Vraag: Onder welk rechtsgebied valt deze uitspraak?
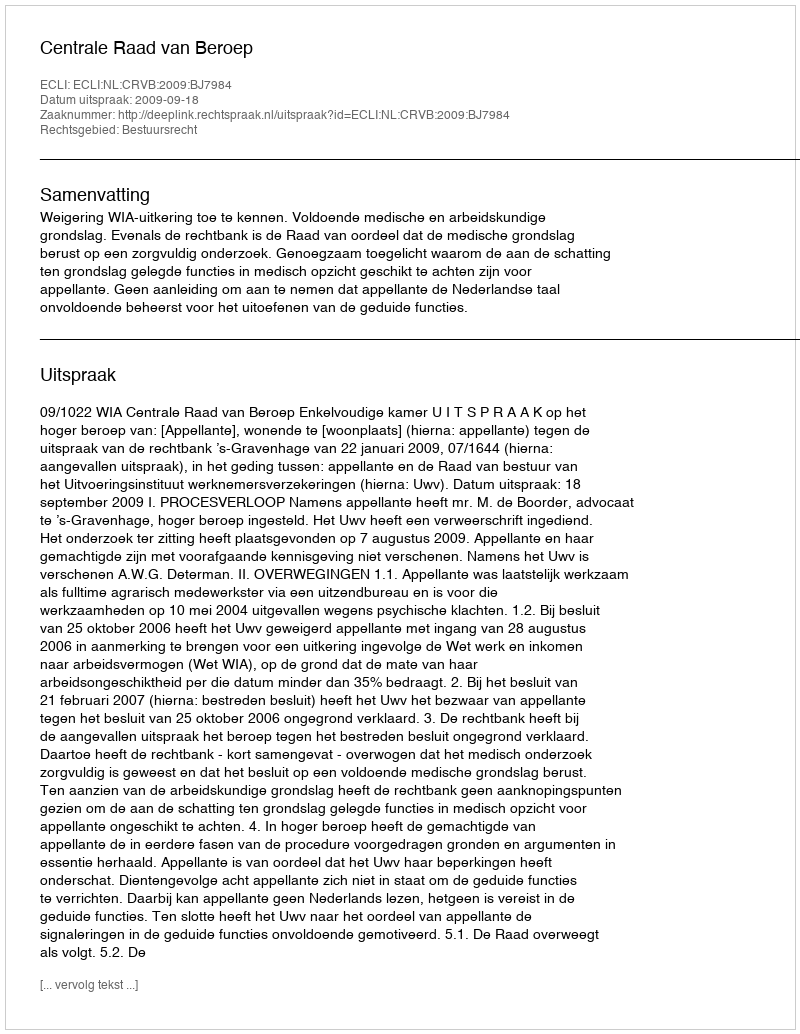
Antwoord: Bestuursrecht